Vaccine operations Central Provinces 1868-1885 - 1868-1885
Year: 1868
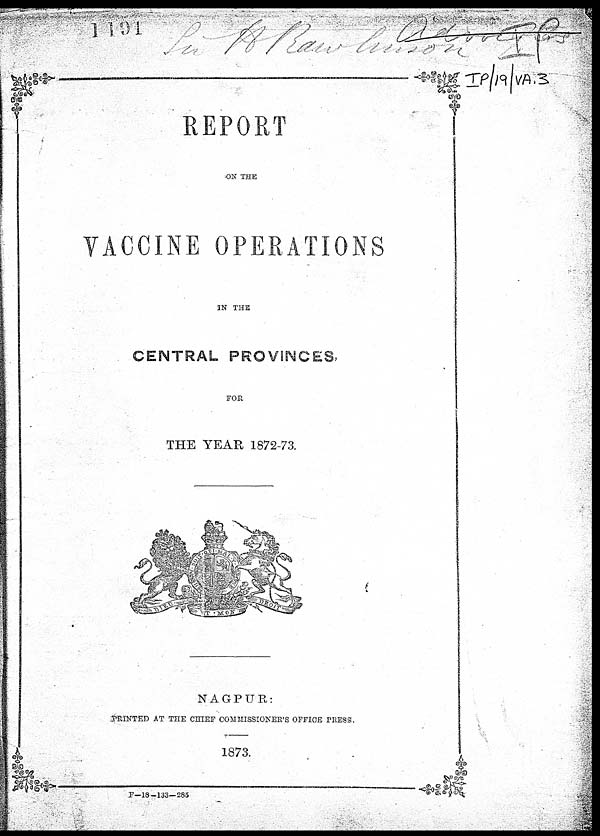
REPORT
ON THE
VACCINE OPERATIONS
IN THE
CENTRAL PROVINCES,
FOR
THE YEAR 1872-73.
NAGPUR:
PRINTED AT THE CHIEF COMMISSIONER'S OFFICE PRESS.
1873.
F-18-133—285